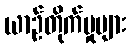
ယာဉ်တိုက်မှုများ